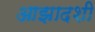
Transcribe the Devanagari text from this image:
आझादशी